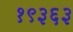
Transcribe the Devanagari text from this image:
१९३६३